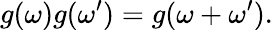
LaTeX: g(\omega)g(\omega^{\prime})=g(\omega+\omega^{\prime}).